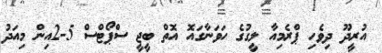
އުރީދޫ ދިވެހި ޕްރެމިއާ ލީގުގެ ހަވަނާގައޮ އޮތް ބީޖީ ސްޕޯޓްސް 5-2އިން މިއަދު